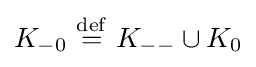
K_{-0}\ {\stackrel {\mathrm {def} }{=}}\ K_{--}\cup K_{0}